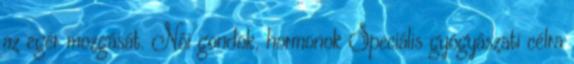
az egér mozgását. Női gondok, hormonok Speciális gyógyászati célra